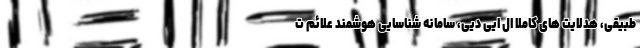
طبیقی، هدلایت های کاملا ال ایی دیی، سامانه شناسایی هوشمند علائم ت